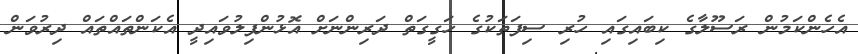
އެހެންކަމުން ރަސޫލާގެ ކިބައިގައި ހުރި ސިފަތަކުގެ ހަގީގަތް ދަރިންނަށް އޮޅުންފިލުވައިދީ އެކަންތައްތައް ދިރުވަން